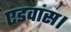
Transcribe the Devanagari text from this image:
एडवांस।